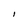
Character: l